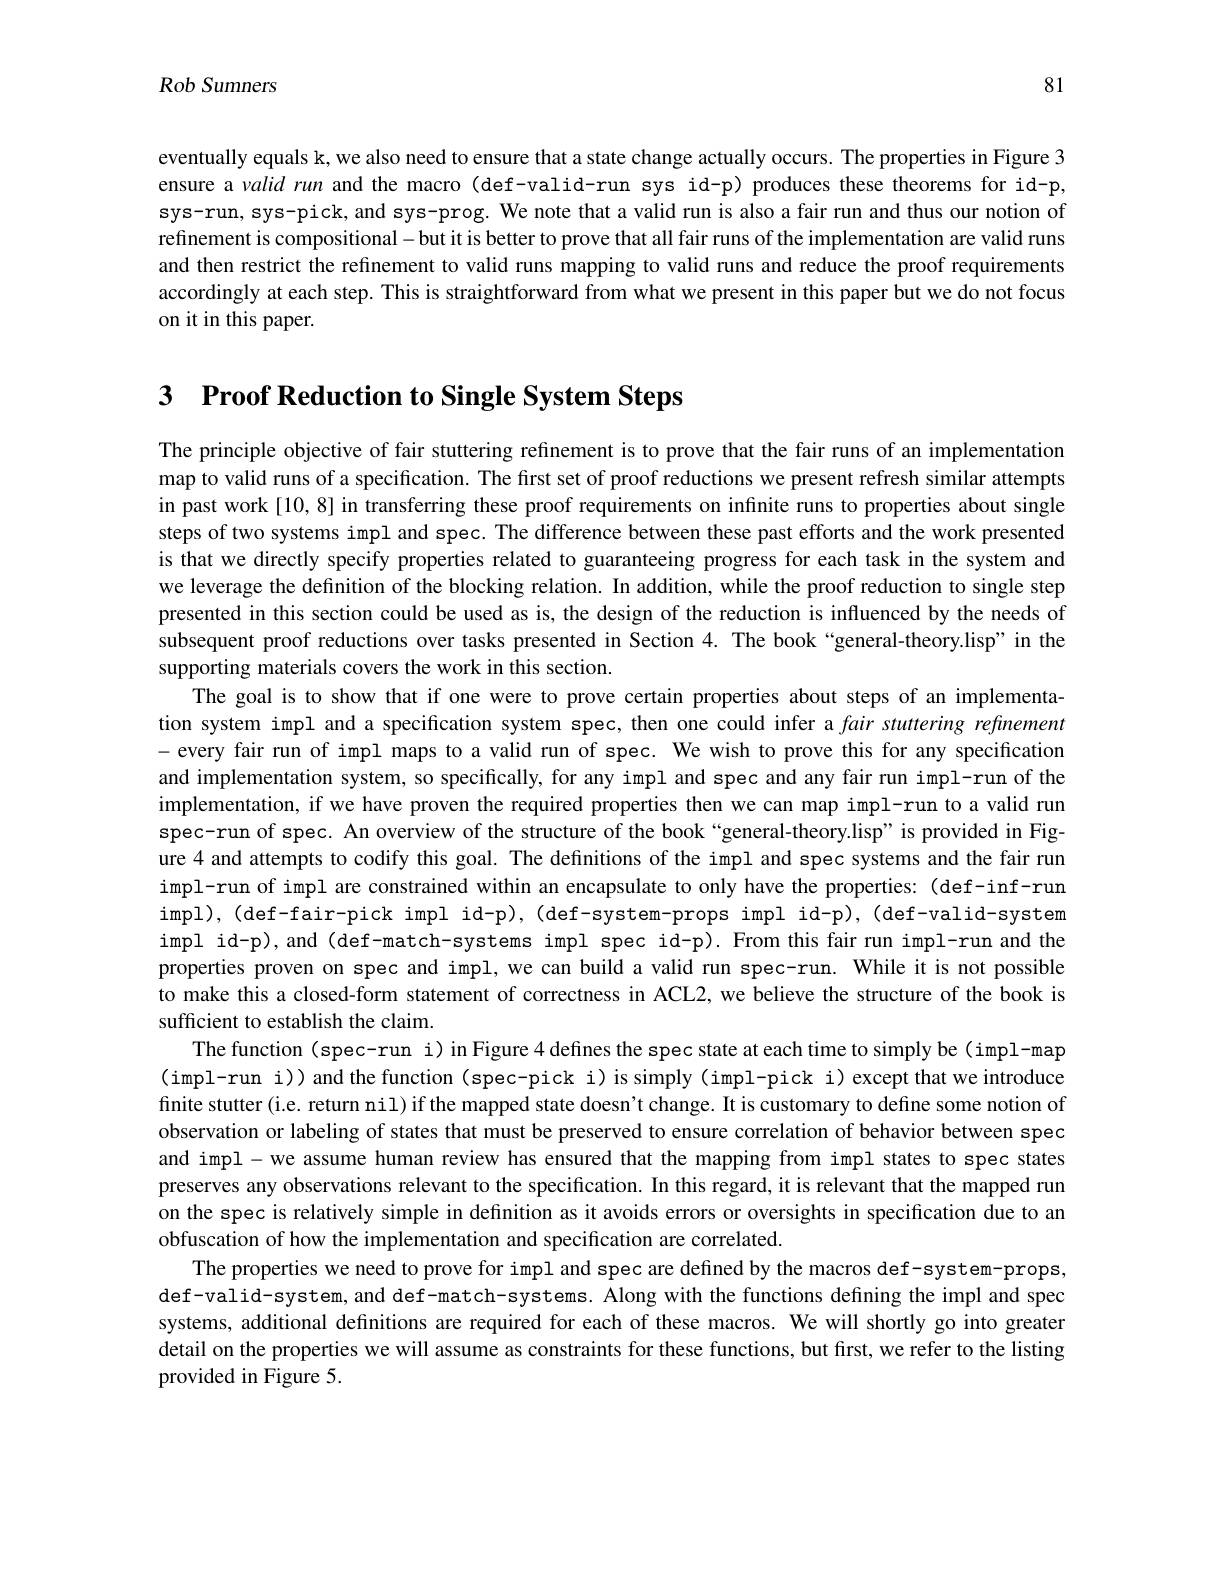
81

Rob Sumners

eventually equals k, we also need to ensure that a state change actually occurs. The properties in Figure 3 ensure a valid run and the macro(def-valid-run sys id-p) produces these theorems for id-p, sys-run, sys-pick, and sys-prog. We note that a valid run is also a fair run and thus our notion of refinement is compositional -but it is better to prove that all fair runs of the implementation are valid runs and then restrict the refinement to valid runs mapping to valid runs and reduce the proof requirements accordingly at each step. This is straightforward from what we present in this paper but we do not focus on it in this paper.

3 Proof Reduction to Single

The principle objective of fair stuttering refinement is to prove that the fair runs of an implementation map to valid runs of a specification. The first set of proof reductions we present refresh similar attempts in past work [10, 8] in transferring these proof requirements on infinite runs to properties about single steps of two systems impl and spec. The difference between these past efforts and the work presented is that we directly specify properties related to guaranteeing progress for each task in the system and we leverage the definition of the blocking relation. In addition, while the proof reduction to single step presented in this section could be used as is, the design of the reduction is influenced by the needs of subsequent proof reductions over tasks presented in Section 4. The book“general-theory.lisp” in the supporting materials covers the work in this section.
The goal is to show that if one were to prove certain properties about steps of an implementation system impl and a specification system spec, then one could infer a fair stuttering refinement - every fair run of impl maps to a valid run of spec. We wish to prove this for any specification and implementation system, so specifically, for any impl and spec and any fair run impl-run of the implementation, if we have proven the required properties then we can map impl-run to a valid run spec-run of spec. An overview of the structure of the book“general-theory.lisp” is provided in Figure 4 and attempts to codify this goal. The definitions of the impl and spec systems and the fair run impl-run of impl are constrained within an encapsulate to only have the properties:(def-inf-run impl),(def-fair-pick impl id-p),(def-system-props impl id-p),(def-valid-system impl id-p),and (def-match-systems impl spec id-p). From this fair run impl-run and the properties proven on spec and impl, we can build a valid run spec-run. While it is not possible to make this a closed-form statement of correctness in ACL2, we believe the structure of the book is sufficient to establish the claim.
The function (spec-run i) in Figure 4 defines the spec state at each time to simply be (impl-map (impl-run i))and the function(spec-pick i) is simply(impl-pick i) except that we introduce finite stutter (i.e. return nil) if the mapped state doesn't change. It is customary to define some notion of observation or labeling of states that must be preserved to ensure correlation of behavior between spec and impl-we assume human review has ensured that the mapping from impl states to spec states preserves any observations relevant to the specification. In this regard, it is relevant that the mapped run on the spec is relatively simple in definition as it avoids errors or oversights in specification due to an obfuscation of how the imple
The properties we need to prove for impl and spec are defined by the macros def-system-props, def-valid-system, and def-match-systems. Along with the functions defining the impl and spec systems, additional definitions are required for each of these macros. We will shortly go into greater detail on the properties we will assume as constraints for these functions, but first, we refer to the listing provided in Figure 5.